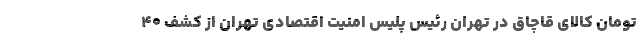
تومان کالای قاچاق در تهران رئیس پلیس امنیت اقتصادی تهران از کشف ۴۰